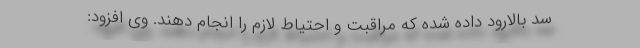
سد بالارود داده شده که مراقبت و احتیاط لازم را انجام دهند. وی افزود: